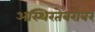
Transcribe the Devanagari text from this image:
अस्थिरतेबरोबर